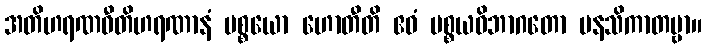
အတိဟရဏဝီတိဟရဏာနံ ပစ္စယော ဟောတီတိ ဧဝံ ပစ္စယဝိဘာဂတော မနသိကာတဗ္ဗာ။